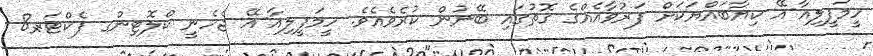
ހީމަފީލިއާ-އޭ ކިޔާބައްޔަކަށް ފަރުވާއެއްގެ ގޮތުގައި ބޭނުން ކުރެވެއެވެ. ހީމަފީލިއާ-އޭ ޖެހެނީ ކްލޮޓިންގ ފެކްޓަރ-8